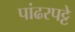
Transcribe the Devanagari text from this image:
पांढरपट्टे